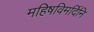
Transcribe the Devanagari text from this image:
महिषविमर्दिनि